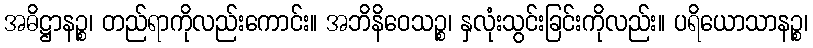
အဓိဋ္ဌာနဉ္စ၊ တည်ရာကိုလည်းကောင်း။ အဘိနိဝေသဉ္စ၊ နှလုံးသွင်းခြင်းကိုလည်း။ ပရိယောသာနဉ္စ၊